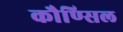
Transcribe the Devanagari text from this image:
कौण्सिल